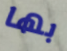
بها